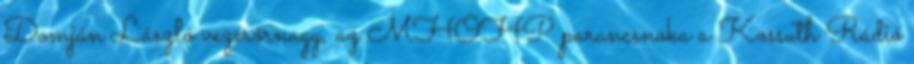
Domján László vezérőrnagy, az MHÖHP parancsnoka a Kossuth Rádió